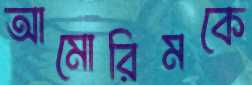
আমোরিমকে